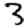
Digit: 3